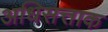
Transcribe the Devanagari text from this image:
अधिसत्ताक